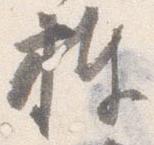
捧